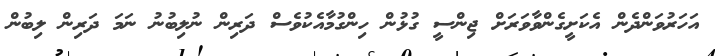
އަހަރުވަންދެން އެކަށީގެންވާވަރަށް ޖިންސީ ގުޅުން ހިންގުމާއެކުވެސް ދަރިން ނުލިބުނު ނަމަ ދަރިން ލިބުން